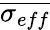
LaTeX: \overline{{\sigma_{eff}}}